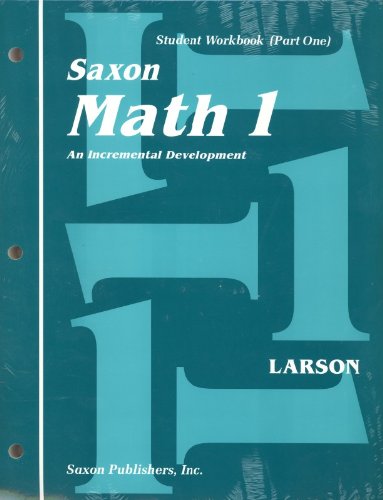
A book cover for Saxon Math 1: An Incremental Development, Part 1 and 2; Linda Matthews; Science & Math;